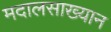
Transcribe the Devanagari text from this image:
मदालसाख्यान